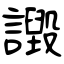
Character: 譭